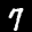
Label: 7